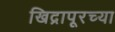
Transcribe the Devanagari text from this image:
खिद्रापूरच्या